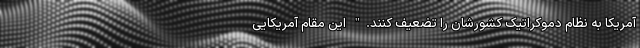
آمریکا به نظام دموکراتیک کشورشان را تضعیف کنند." این مقام آمریکایی